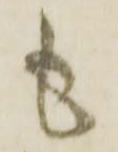
も